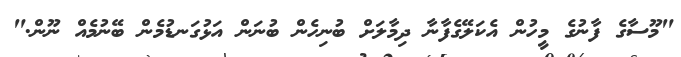
"މޫސާގެ ފާނުގެ މީހުން އެކަލޭގެފާނާ ދިމާލަށް ބުނިހެން ބުނަން އަޅުގަނޑުމެން ބޭނުމެއް ނޫން."